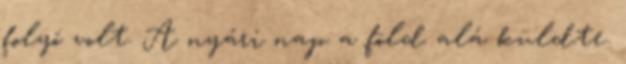
folyó volt. A nyári nap a föld alá küldte.